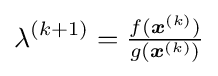
\lambda ^{(k+1)}={\tfrac {f({\boldsymbol {x}}^{(k)})}{g({\boldsymbol {x}}^{(k)})}}